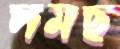
দমছ